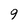
Character: 9